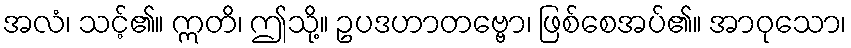
အလံ၊ သင့်၏။ ဣတိ၊ ဤသို့။ ဥပဒဟာတဗ္ဗော၊ ဖြစ်စေအပ်၏။ အာဝုသော၊